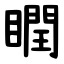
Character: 瞤